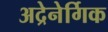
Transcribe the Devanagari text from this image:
अद्रेनेर्गिक